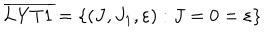
LaTeX: \overline { { \mathrm { L Y T 1 } } } = \left\{ ( J , J _ { 1 } , \varepsilon ) : J = 0 = \varepsilon \right\}